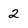
Character: 2